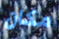
مكان